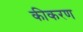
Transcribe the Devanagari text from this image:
कीकरण